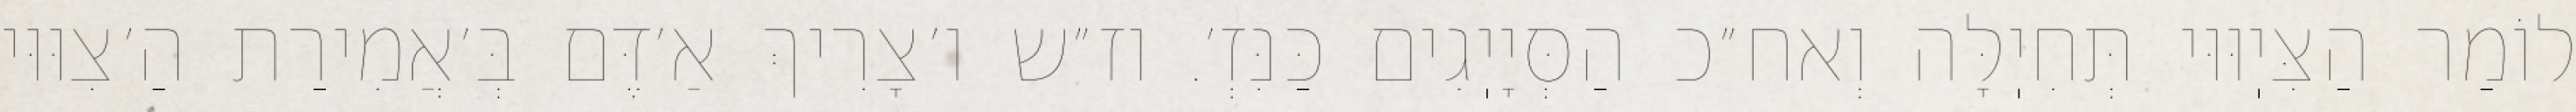
לוֹמַר הַצִּיֽוּוּי תְּחִיֽלָּה וְאח״כ הַסְּיָיֽגִים כַּנִּזְ׳. וז״ש ו׳צָרִיךְ אַ׳דֶּם בְּ׳אֲמִירַת הַ׳צִוּוּי